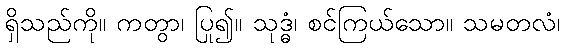
ရှိသည်ကို။ ကတွာ၊ ပြု၍။ သုဒ္ဓံ၊ စင်ကြယ်သော။ သမတလံ၊